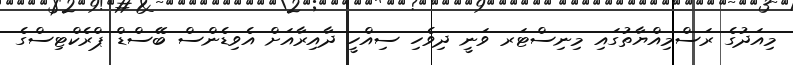
މިއަދުގެ ރަސްމިއްޔާތުގައި މިނިސްޓަރ ވަނީ ދިވެހި ސިއްހީ ދާއިރާއަށް އެވިޑެންސް ބޭސްޑް ޕްރެކްޓިސްގެ